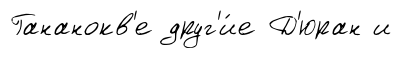
Гананокв'е друг'и́е Д'юран и